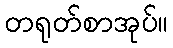
တရုတ်စာအုပ်။